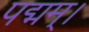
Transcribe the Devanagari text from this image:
पद्मम्।